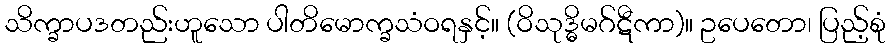
သိက္ခာပဒတည်းဟူသော ပါတိမောက္ခသံဝရနှင့်။ (ဝိသုဒ္ဓိမဂ်ဋီကာ)။ ဥပေတော၊ ပြည့်စုံ